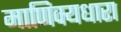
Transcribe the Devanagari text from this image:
माणिक्यधारा